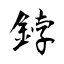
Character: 鋍